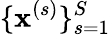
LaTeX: \{ \mathbf{x}^{(s)}\} _{s=1}^{S}